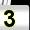
Digit: 3